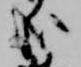
哉